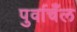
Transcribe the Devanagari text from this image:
पुर्वाचँल